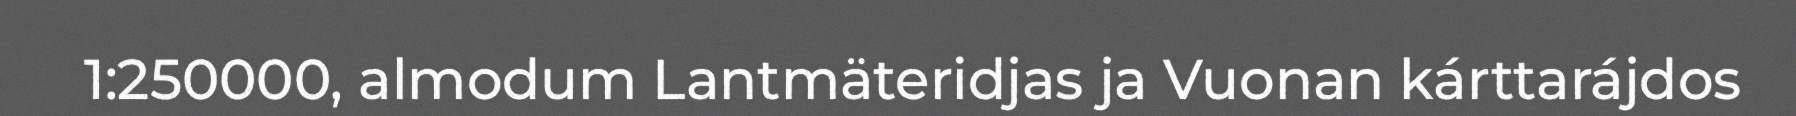
1:250000, almodum Lantmäteridjas ja Vuonan kárttarájdos